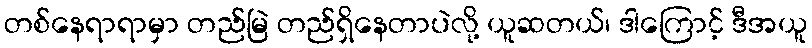
တစ်နေရာရာမှာ တည်မြဲ တည်ရှိနေတာပဲလို့ ယူဆတယ်၊ ဒါကြောင့် ဒီအယူ